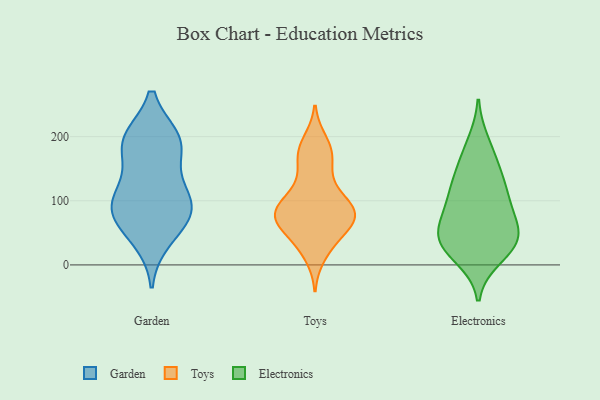
{"axis": {"x": "Conversion Rate (%)", "y": "Value"}, "legend": ["Electronics", "Garden", "Toys"], "data": [{"x": "", "y": 68, "type": "Garden"}, {"x": "", "y": 81, "type": "Garden"}, {"x": "", "y": 89, "type": "Garden"}, {"x": "", "y": 88, "type": "Garden"}, {"x": "", "y": 111, "type": "Garden"}, {"x": "", "y": 40, "type": "Garden"}, {"x": "", "y": 195, "type": "Garden"}, {"x": "", "y": 195, "type": "Garden"}, {"x": "", "y": 188, "type": "Garden"}, {"x": "", "y": 187, "type": "Garden"}, {"x": "", "y": 120, "type": "Garden"}, {"x": "", "y": 120, "type": "Toys"}, {"x": "", "y": 81, "type": "Toys"}, {"x": "", "y": 101, "type": "Toys"}, {"x": "", "y": 15, "type": "Toys"}, {"x": "", "y": 76, "type": "Toys"}, {"x": "", "y": 70, "type": "Toys"}, {"x": "", "y": 32, "type": "Toys"}, {"x": "", "y": 86, "type": "Toys"}, {"x": "", "y": 106, "type": "Toys"}, {"x": "", "y": 174, "type": "Toys"}, {"x": "", "y": 58, "type": "Toys"}, {"x": "", "y": 72, "type": "Toys"}, {"x": "", "y": 82, "type": "Toys"}, {"x": "", "y": 182, "type": "Toys"}, {"x": "", "y": 81, "type": "Toys"}, {"x": "", "y": 192, "type": "Toys"}, {"x": "", "y": 70, "type": "Toys"}, {"x": "", "y": 150, "type": "Toys"}, {"x": "", "y": 40, "type": "Toys"}, {"x": "", "y": 165, "type": "Toys"}, {"x": "", "y": 96, "type": "Electronics"}, {"x": "", "y": 140, "type": "Electronics"}, {"x": "", "y": 40, "type": "Electronics"}, {"x": "", "y": 30, "type": "Electronics"}, {"x": "", "y": 47, "type": "Electronics"}, {"x": "", "y": 37, "type": "Electronics"}, {"x": "", "y": 115, "type": "Electronics"}, {"x": "", "y": 189, "type": "Electronics"}, {"x": "", "y": 118, "type": "Electronics"}, {"x": "", "y": 35, "type": "Electronics"}, {"x": "", "y": 78, "type": "Electronics"}, {"x": "", "y": 13, "type": "Electronics"}, {"x": "", "y": 67, "type": "Electronics"}, {"x": "", "y": 163, "type": "Electronics"}]}